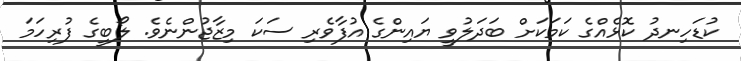
ކުޑަހިނދު ކޮޅެއްގެ ކަމަކަށް ބަދަލުވީ ޔައިންގެ އުފާވެރި ސަކަ މިޒާޖުންނެވެ. ލޯބީގެ ފުރިހަމަ